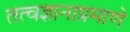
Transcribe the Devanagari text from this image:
तत्वज्ञानाप्रमाणे